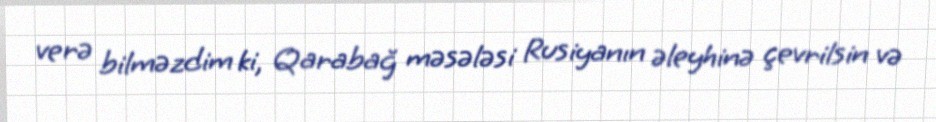
verə bilməzdim ki, Qarabağ məsələsi Rusiyanın əleyhinə çevrilsin və